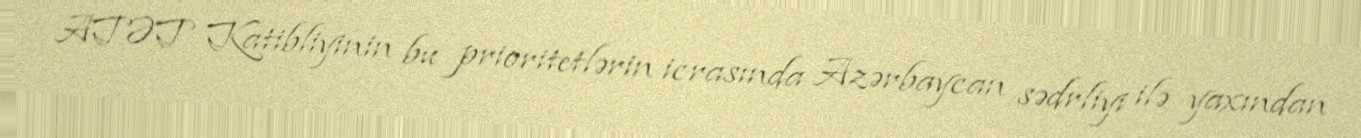
ATƏT Katibliyinin bu prioritetlərin icrasında Azərbaycan sədrliyi ilə yaxından